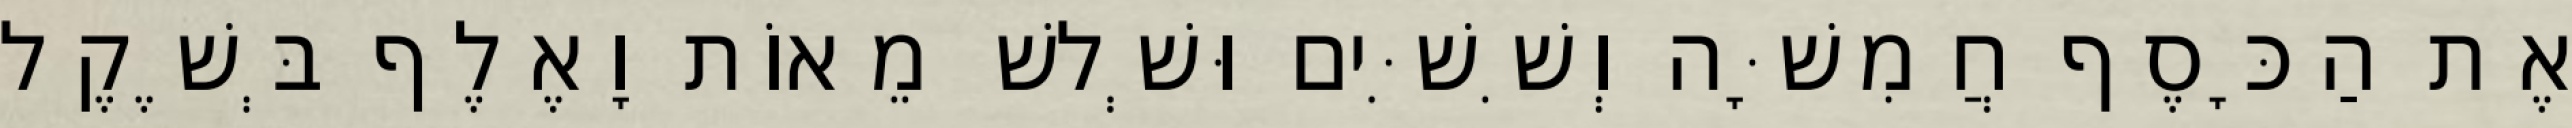
אֶת הַכָּסֶף חֲמִשָּׁה וְשִׁשִּׁים וּשְׁלשׁ מֵאוֹת וָאֶלֶף בְּשֶׁקֶל